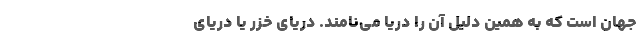
جهان است که به همین دلیل آن را دریا می‌نامند. دریای خزر یا دریای